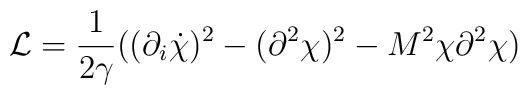
{\cal L}=\frac{1}{2\gamma} ((\partial_i\dot\chi)^2-(\partial^2\chi)^2 - M^2\chi\partial^2\chi)